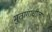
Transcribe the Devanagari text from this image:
मुतागाचीला